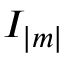
I _ { | m | }